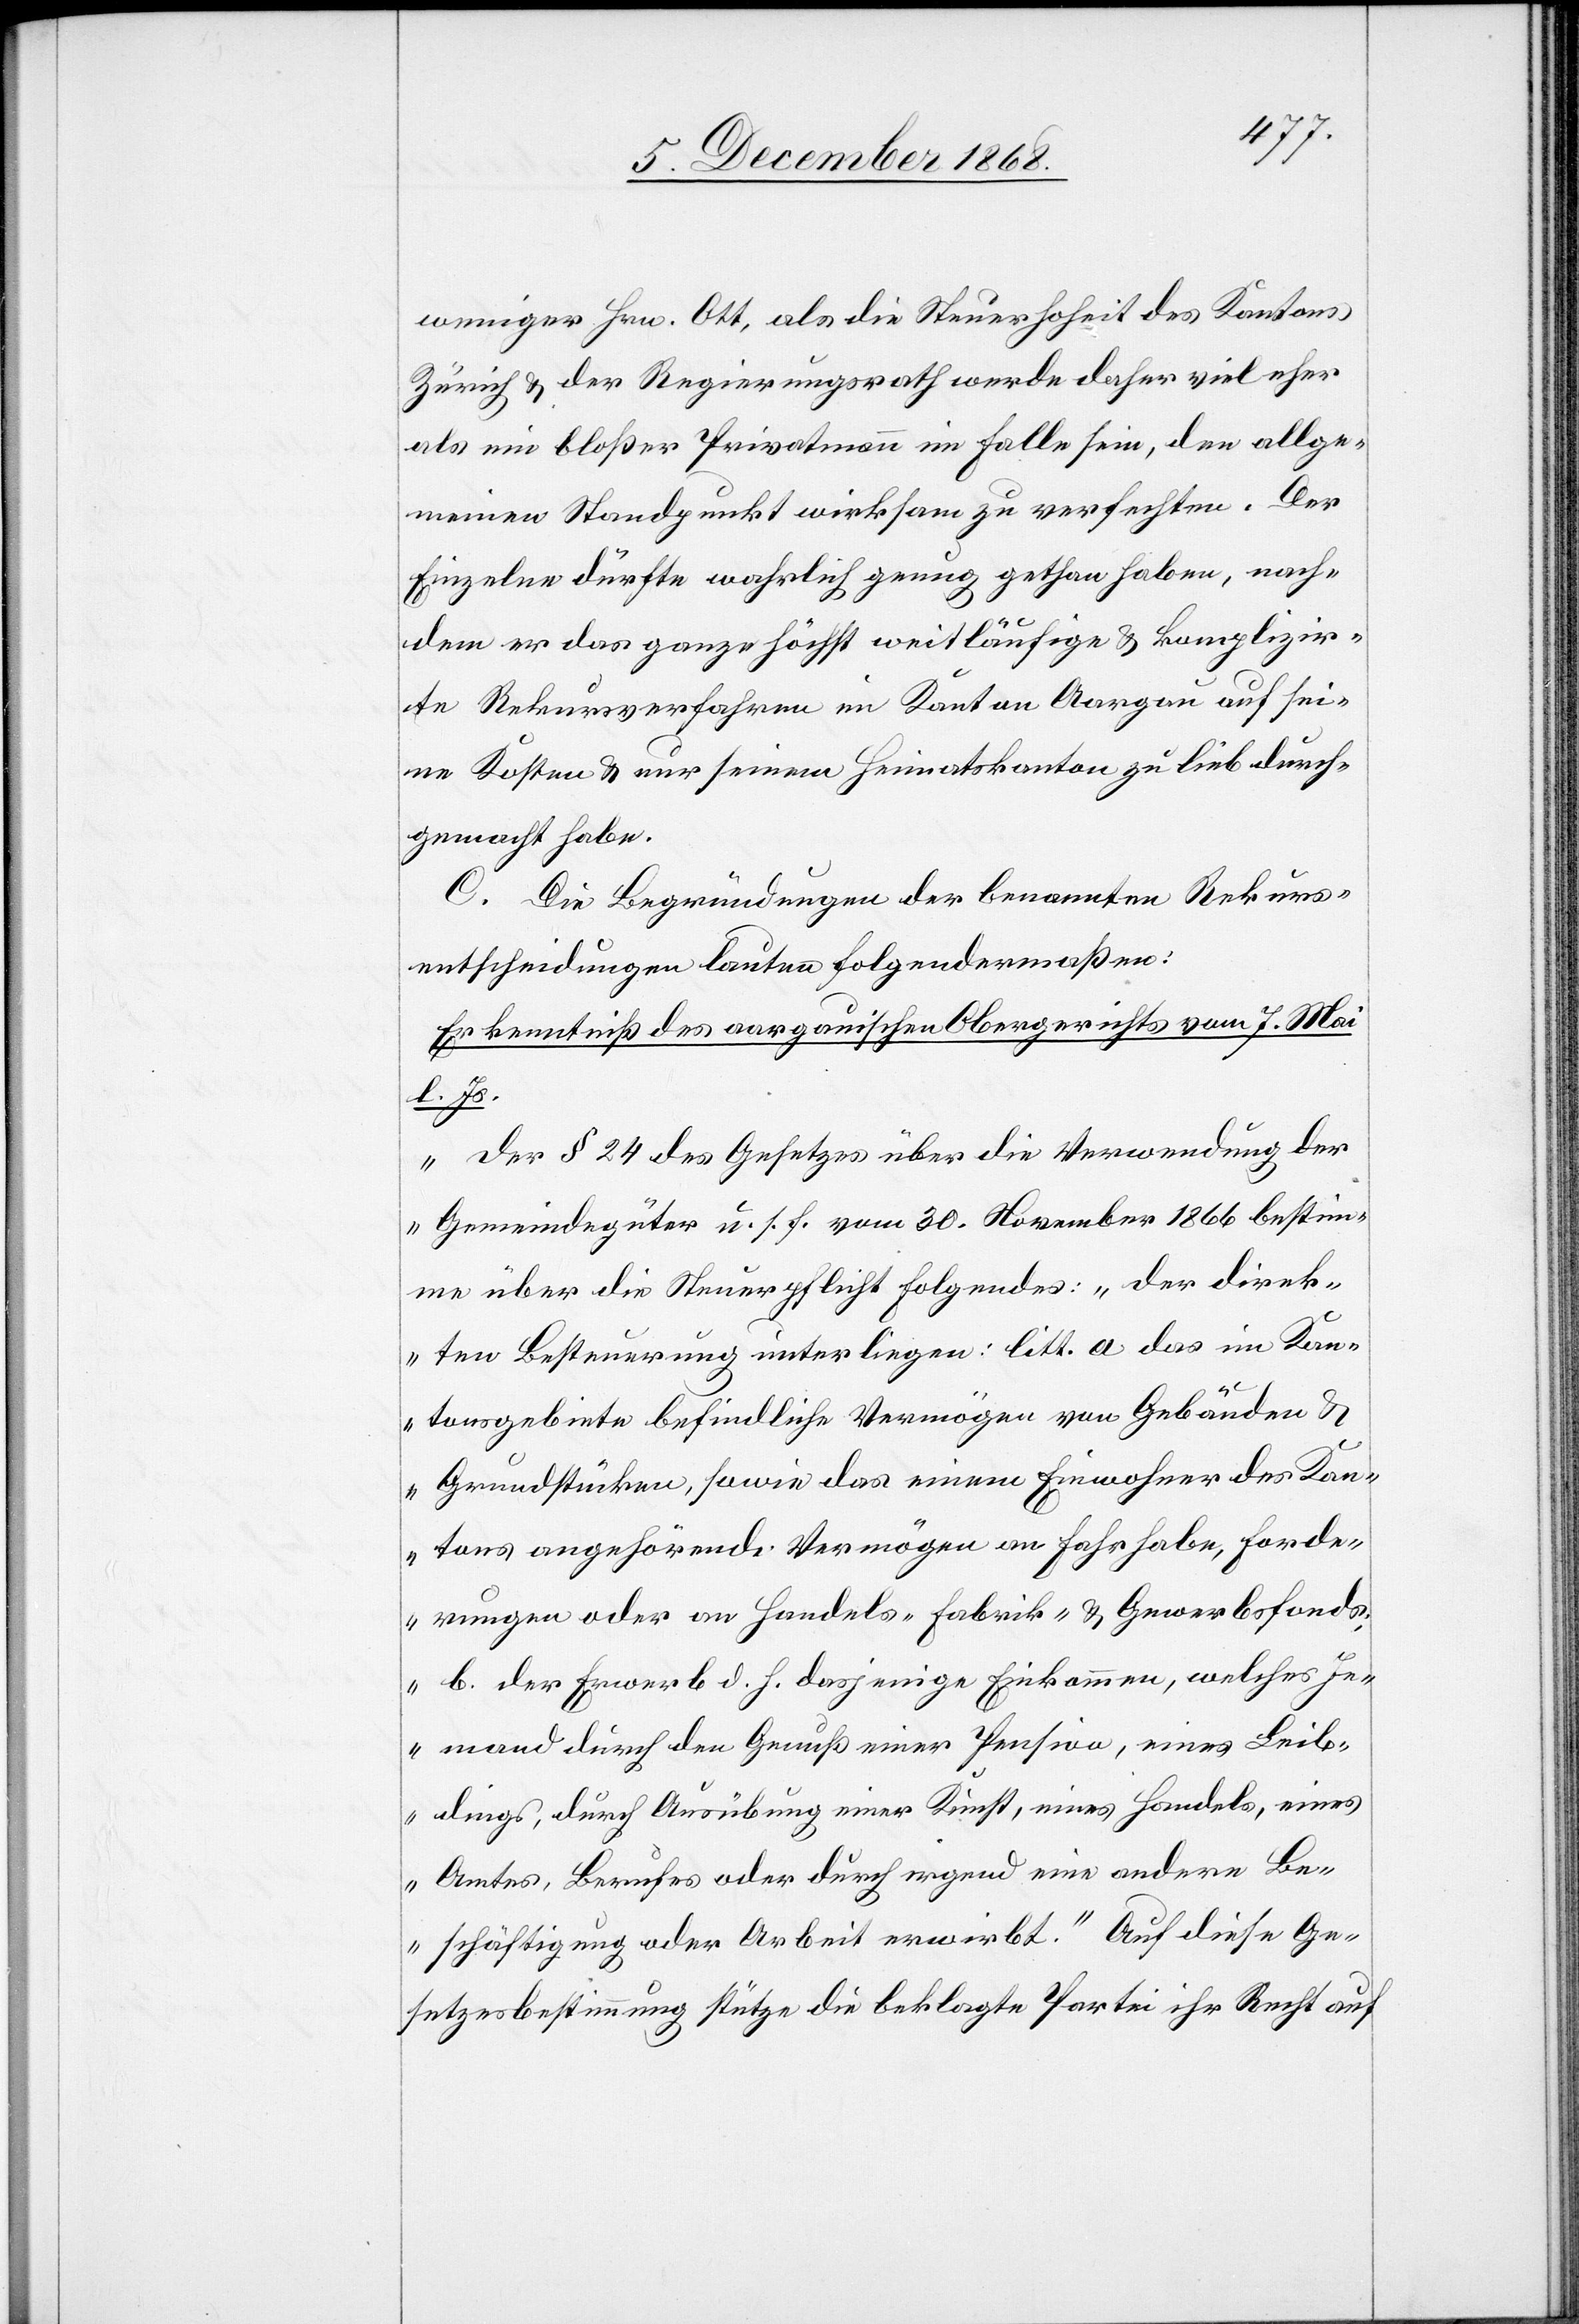
weniger Hrn. Ott, als die Steuerhoheit des Kantons
Zürich & der Regierungsrath werde daher viel eher
als ein bloßer Privatmann im Falle sein, den allge¬
meinen Standpunkt wirksam zu verfechten. Der
Einzelne dürfte wahrlich genug gethan haben, nach¬
dem er das ganze höchst weitläufige & komplizir¬
te Rekursverfahren im Kanton Aargau auf sei¬
ne Kosten & nur seinem Heimatskanton zu lieb durch¬
gemacht habe.
C. Die Begründungen der benannten Rekurs¬
entscheidungen lauten folgendermaßen:
Erkenntniß des aargauischen Obergerichts vom 7. Mai
l. Js.
„Der § 24 des Gesetzes über die Verwendung der
Gemeindegüter u. s. f. vom 30. November 1866 bestim¬
me über die Steuerpflicht Folgendes: ‚Der Direk¬
ten Besteuerung unterliegen: litt. a das im Kan¬
tonsgebiete befindliche Vermögen von Gebäuden &
Grundstücken, sowie das einem Einwohner des Kan¬
tons angehörende Vermögen an Fahrhabe, Forde¬
rungen oder an Handels-[,] Fabrik- & Gewerbsfonds;
b. der Erwerb d. h. dasjenige Einkommen, welches Je¬
mand durch den Genuß einer Pension, eines Leib¬
dings, durch Ausübung einer Kunst, eines Handels, eines
Amtes, Berufes oder durch irgend eine andere Be¬
schäftigung oder Arbeit erwirbt.‘ Auf diese Ge¬
setzesbestimmung stütze die beklagte Partei ihr Recht auf